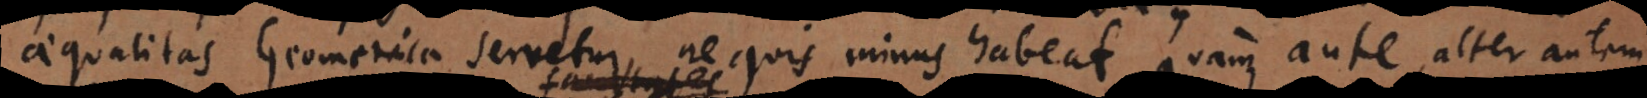
aequalitas Geometrica servetur, ne quis minus habeat quam ante, alter autem